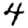
Digit: 4